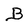
Character: B